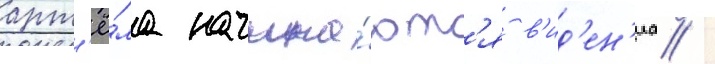
арт'ё́ма начина́ютс'я в'ид'ен'иа /